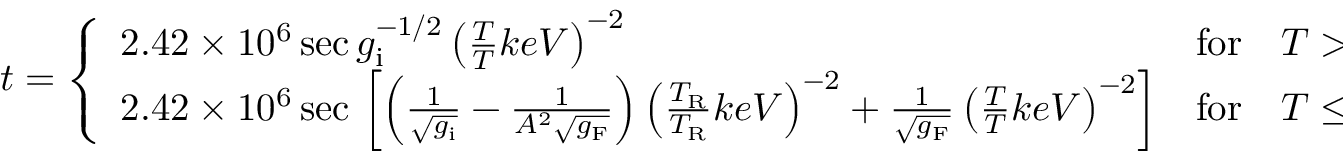
t = \left\{ \begin{array} { l l l } { { 2 . 4 2 \times 1 0 ^ { 6 } \, \mathrm { s e c } \, g _ { \mathrm { i } } ^ { - 1 / 2 } \left( \frac { T } { T } { k e V } \right) ^ { - 2 } } } & { { \mathrm { f o r } } } & { { T > T _ { \mathrm { R } } \ , } } \\ { { 2 . 4 2 \times 1 0 ^ { 6 } \, \mathrm { s e c } \, \left[ \left( \frac { 1 } { \sqrt { g _ { \mathrm { i } } } } - \frac { 1 } { A ^ { 2 } \sqrt { g _ { \mathrm { F } } } } \right) \left( \frac { T _ { \mathrm { R } } } { T _ { \mathrm { R } } } { k e V } \right) ^ { - 2 } + \frac { 1 } { \sqrt { g _ { \mathrm { F } } } } \left( \frac { T } { T } { k e V } \right) ^ { - 2 } \right] } } & { { \mathrm { f o r } } } & { { T \le T _ { \mathrm { F } } \ . } } \end{array} \right.